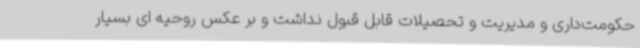
حکومت‌داری و مدیریت و تحصیلات قابل قبول نداشت و بر عکس روحیه ای بسیار